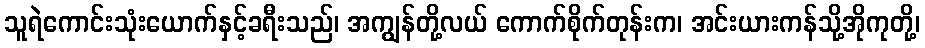
သူရဲကောင်းသုံးယောက်နှင့်ခရီးသည်၊ အကျွန်တို့လယ် ကောက်စိုက်တုန်းက၊ အင်းယားကန်သို့အိုကုတို့၊